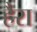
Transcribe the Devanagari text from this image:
हैरा